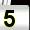
Digit: 5